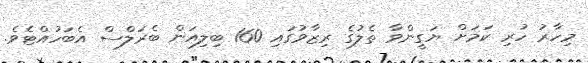
މިހާރު ހުރި ކަމަށް ޔަގީންވާ ތެލުގެ ރިޒާވުގައި 160 ބިލިއަން ބެރަލްސް އެބަހުއްޓެވެ.